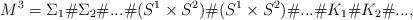
LaTeX: \begin{align*}M^3 = {\Sigma_1} \# {\Sigma_2} \# ... \# (S^1 \times S^2) \# (S^1 \times S^2) \# ... \# K_1 \# K_2 \# ...,\end{align*}